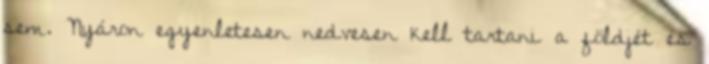
sem. Nyáron egyenletesen nedvesen kell tartani a földjét és